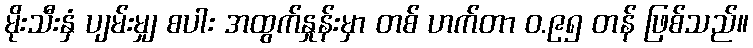
မိုးသီးနှံ ပျမ်းမျှ စပါး အထွက်နှုန်းမှာ တစ် ဟက်တာ ဝ.၉၅ တန် ဖြစ်သည်။